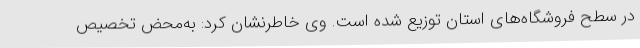
در سطح فروشگاه‌های استان توزیع شده است. وی خاطرنشان کرد: به‌محض تخصیص